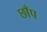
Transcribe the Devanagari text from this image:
छाँप